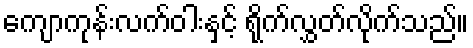
ကျောကုန်းလက်ဝါးနှင့် ရိုက်လွှတ်လိုက်သည်။